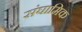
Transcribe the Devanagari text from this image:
संघामिक